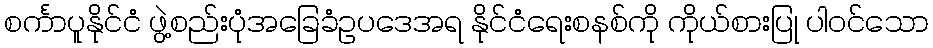
စင်္ကာပူနိုင်ငံ ဖွဲ့စည်းပုံအခြေခံဥပဒေအရ နိုင်ငံရေးစနစ်ကို ကိုယ်စားပြု ပါဝင်သော